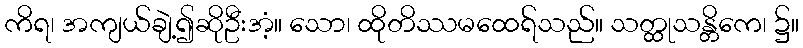
ကိရ၊ အကျယ်ချဲ့၍ဆိုဦးအံ့။ သော၊ ထိုတိဿမထေရ်သည်။ သတ္ထုသန္တိကေ၊ ၌။